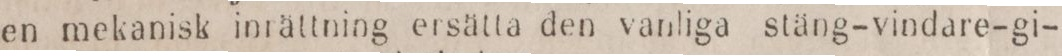
en mekanisk inrättning ersätta den vanliga stäng-vindare-gi-